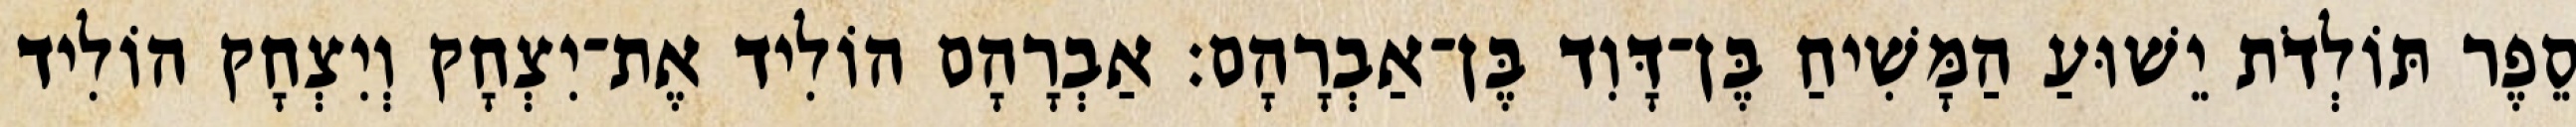
סֵפֶר תּוֹלְדֹת יֵשׁוּעַ הַמָּשִׁיחַ בֶּן־דָּוִד בֶּן־אַבְרָהָם׃ אַבְרָהָם הוֹלִיד אֶת־יִצְחָק וְיִצְחָק הוֹלִיד